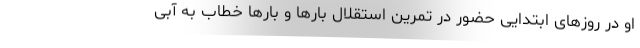
او در روزهای ابتدایی حضور در تمرین استقلال بارها و بارها خطاب به آبی